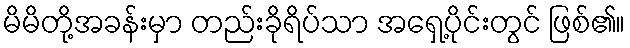
မိမိတို့အခန်းမှာ တည်းခိုရိပ်သာ အရှေ့ပိုင်းတွင် ဖြစ်၏။